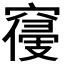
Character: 𱷔